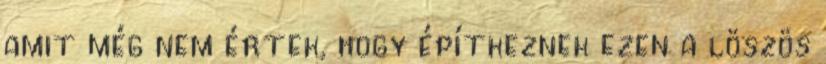
amit még nem értek, hogy építkeznek ezen a löszös